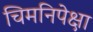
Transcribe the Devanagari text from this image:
चिमनिपेक्षा